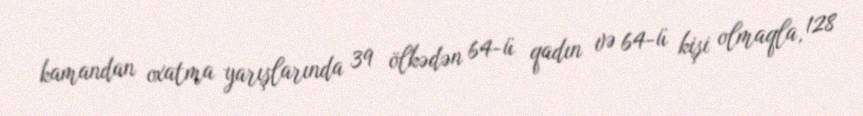
kamandan oxatma yarışlarında 39 ölkədən 64-ü qadın və 64-ü kişi olmaqla, 128